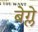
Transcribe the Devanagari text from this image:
बेग्ले